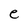
Character: e